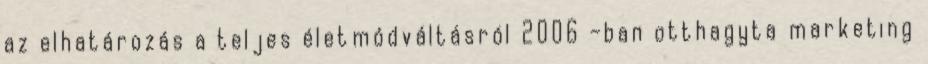
az elhatározás a teljes életmódváltásról 2006 –ban otthagyta marketing